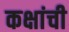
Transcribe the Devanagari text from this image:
कक्षांची